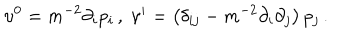
LaTeX: \upsilon ^ { 0 } = m ^ { - 2 } \partial _ { i } p _ { i } \, , \; \upsilon ^ { i } = \left( \delta _ { i j } - m ^ { - 2 } \partial _ { i } \partial _ { j } \right) p _ { j \, } .